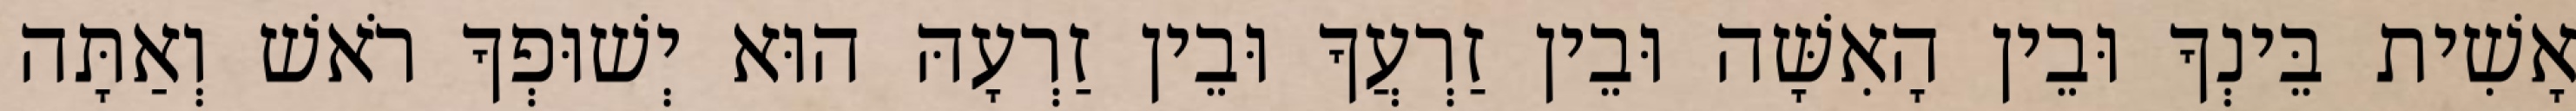
אָשִׁית בֵּינְךָ וּבֵין הָאִשָּׁה וּבֵין זַרְעֲךָ וּבֵין זַרְעָהּ הוּא יְשׁוּפְךָ רֹאשׁ וְאַתָּה